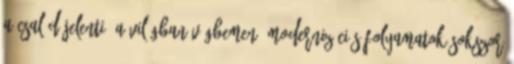
a család jelenti. A világban végbemenő modernizációs folyamatok sokszor